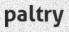
paltry